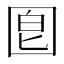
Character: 𡇠